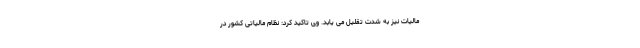
مالیات نیز به شدت تقلیل می یابد. وی تاکید کرد: نظام مالیاتی کشور در